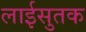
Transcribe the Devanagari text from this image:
लाईसुतक